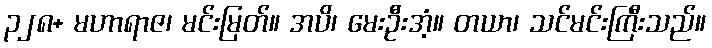
၃၂၈+ မဟာရာဇ၊ မင်းမြတ်။ အပိ၊ မေးဦးအံ့။ တယာ၊ သင်မင်းကြီးသည်။